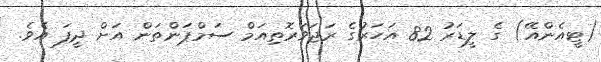
(ޓީއެންއޭ) ގެ ލީޑަރު 82 އަހަރުގެ ރަޖަވަރޮތިއަމް ސަމްޕަންތަން އަށް ދީފަ އެވެ.